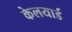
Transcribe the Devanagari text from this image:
केलयार्ड